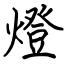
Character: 燈